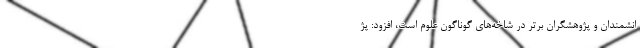
انشمندان و پژوهشگران برتر در شاخه‌های گوناگون علوم است، افزود: پژ